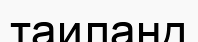
таиланд